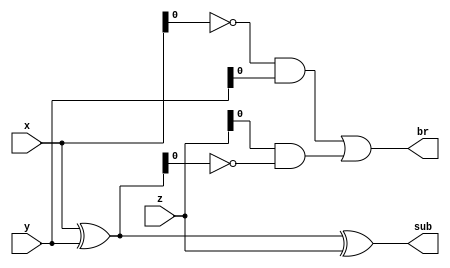
`timescale 1ns / 1ps
//////////////////////////////////////////////////////////////////////////////////
// Company: 
// 
// Design Name: 
// Module Name: FS
// Project Name: 
// Target Devices: 
// Tool Versions: 
// Description: 
// 
// Dependencies: 
// 
// Revision:
// Revision 0.01 - File Created
// Additional Comments:
// 
//////////////////////////////////////////////////////////////////////////////////


module FS(x,y,z,br,sub);

input [3:0]x,y,z;
output [3:0]sub;
output br;


    assign sub = x^y^z;
    assign br = ~x&y | (z & ~(x^y));
    
    
endmodule